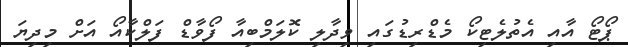
ޕޯޓޯ އާއި އެތުލެޓިކޯ މެޑްރިޑުގައި ވިދާލި ކޮލަމްބިއާ ފޯވާޑް ފަލްކާއޯ އަށް މިދިޔަ